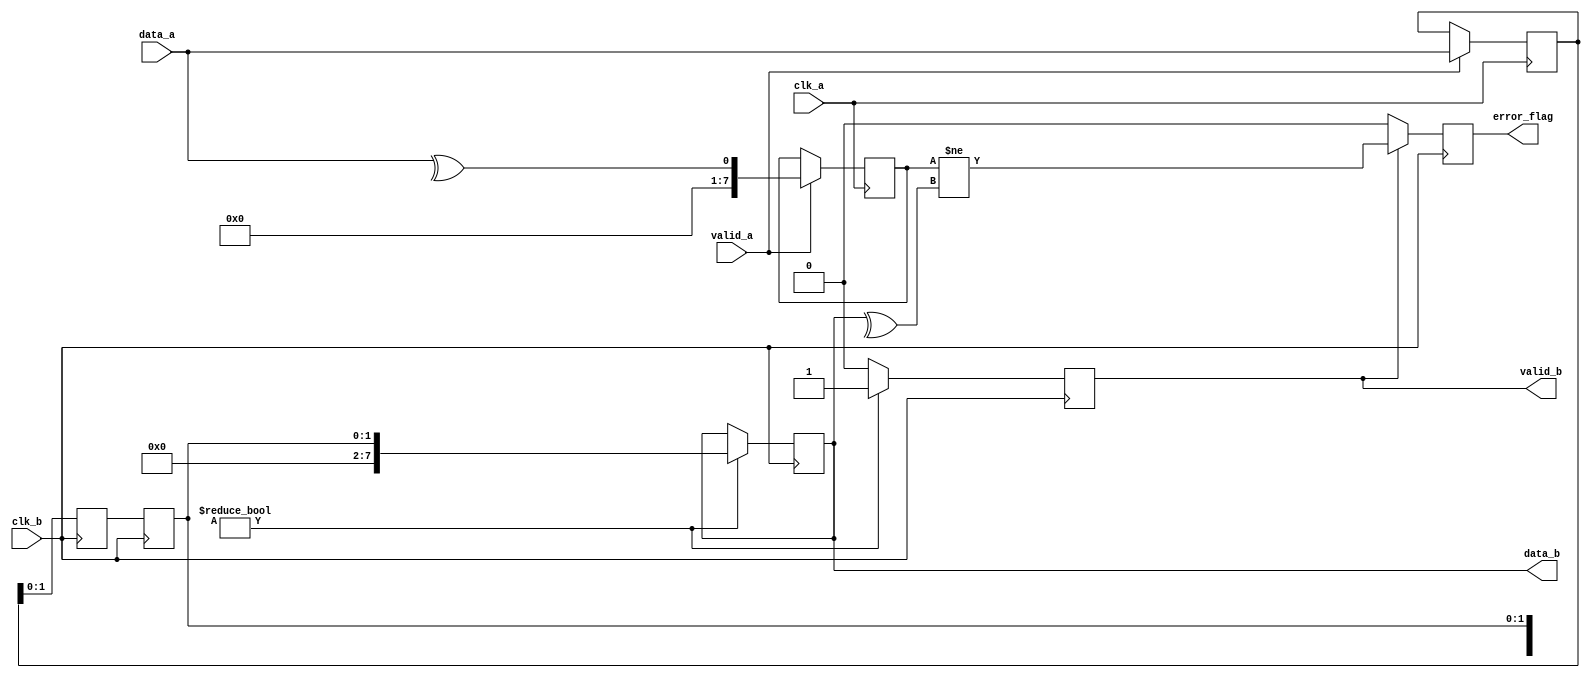
module cdc_with_error_detection #(
    parameter DATA_WIDTH = 8
)(
    input  wire         clk_a,            // Clock for Domain A
    input  wire         clk_b,            // Clock for Domain B
    input  wire [DATA_WIDTH-1:0] data_a,  // Data input from Domain A
    input  wire         valid_a,          // Valid signal from Domain A
    output reg  [DATA_WIDTH-1:0] data_b,   // Data output to Domain B
    output reg         valid_b,          // Valid signal for Domain B
    output reg         error_flag         // Error flag output
);

// Internal signals
reg [DATA_WIDTH-1:0] data_buffer;
reg[0:DATA_WIDTH-1] parity_buffer;
reg [1:0] sync_stage [1:0]; // Double buffer for synchronization

// Buffering Data
always @(posedge clk_a) begin
    if (valid_a) begin
        data_buffer <= data_a; // Capture data from Domain A
        parity_buffer <= ^data_a; // Calculate parity for transmitted data
    end
end

// Synchronization using Flip-Flops
always @(posedge clk_b) begin
    sync_stage[0] <= data_buffer;
    sync_stage[1] <= sync_stage[0];
end

// Data Transfer to Domain B
always @(posedge clk_b) begin
    if (sync_stage[1][0:DATA_WIDTH-1]) begin // Check if relevant data is present
        data_b <= sync_stage[1]; // Pass synchronized data to output
        valid_b <= 1'b1; // Assert valid signal
    end else begin
        valid_b <= 1'b0; // Deassert valid signal if no data
    end
end

// Error Detection Logic
always @(posedge clk_b) begin
    if (valid_b) begin
        error_flag <= (parity_buffer != ^data_b); // Check for parity error
    end else begin
        error_flag <= 1'b0; // No error when data is not valid
    end
end

endmodule